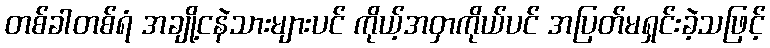
တစ်ခါတစ်ရံ အချို့ငနဲသားများပင် ကိုယ့်အဝှာကိုယ်ပင် အပြတ်မရှင်းခဲ့သဖြင့်